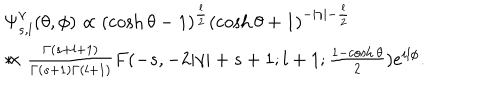
\begin{array} { l } { { \Psi _ { s , l } ^ { \gamma } ( \theta , \phi ) \propto ( \cosh \theta - 1 ) ^ { \frac { l } { 2 } } ( \cosh \theta + 1 ) ^ { - | \gamma | - \frac { l } { 2 } } } } \\ { { * \hspace { 2 c m } \times \frac { \Gamma ( s + l + 1 ) } { \Gamma ( s + 1 ) \Gamma ( l + 1 ) } F ( - s , - 2 | \gamma | + s + 1 ; l + 1 ; \frac { 1 - \cosh \theta } { 2 } ) e ^ { i l \phi } . } } \\ \end{array}